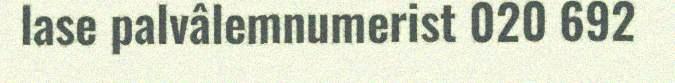
lase palvâlemnumerist 020 692